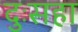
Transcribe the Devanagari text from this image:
दुःसहा